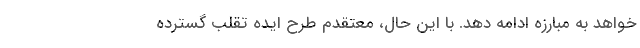
خواهد به مبارزه ادامه دهد. با این حال، معتقدم طرح ایده تقلب گسترده